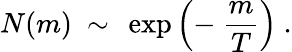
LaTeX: N(m)~\sim~\exp\left(-~\frac{m}{T}\right)~.